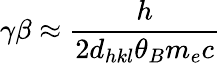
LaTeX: \gamma\beta\approx\frac{h}{2d_{hkl}\theta_{B}m_{e}c}